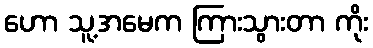
ဟော သူ့အမေက ကြားသွားတာ ကိုး